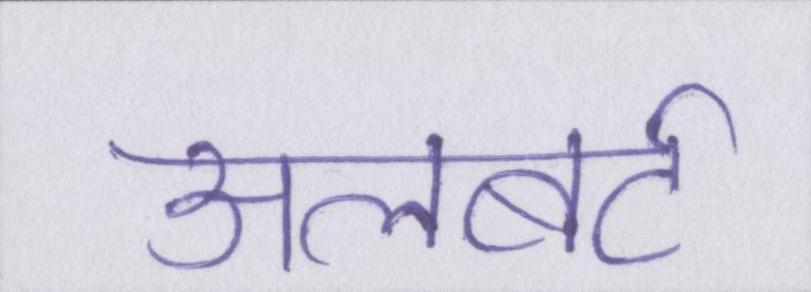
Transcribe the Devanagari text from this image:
अलबर्ट